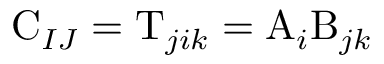
\mathrm { C } _ { I J } = \mathrm { T } _ { j i k } = \mathrm { A } _ { i } \mathrm { B } _ { j k }